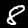
Label: 8